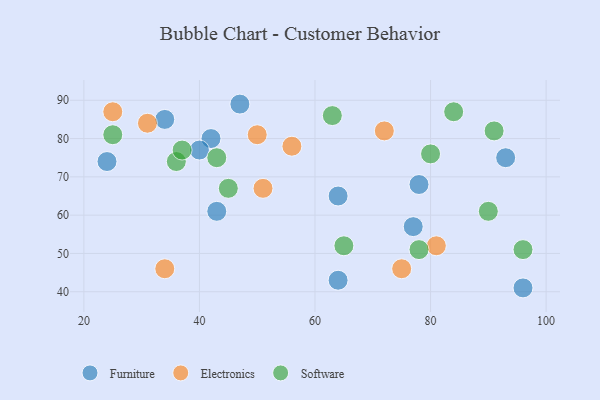
{"axis": {"x": "GDP", "y": "Life Expectancy"}, "legend": ["Electronics", "Furniture", "Software"], "data": [{"x": "64", "y": 65, "type": "Furniture"}, {"x": "78", "y": 68, "type": "Furniture"}, {"x": "42", "y": 80, "type": "Furniture"}, {"x": "47", "y": 89, "type": "Furniture"}, {"x": "24", "y": 74, "type": "Furniture"}, {"x": "43", "y": 61, "type": "Furniture"}, {"x": "93", "y": 75, "type": "Furniture"}, {"x": "96", "y": 41, "type": "Furniture"}, {"x": "40", "y": 77, "type": "Furniture"}, {"x": "77", "y": 57, "type": "Furniture"}, {"x": "64", "y": 43, "type": "Furniture"}, {"x": "34", "y": 85, "type": "Furniture"}, {"x": "75", "y": 46, "type": "Electronics"}, {"x": "25", "y": 87, "type": "Electronics"}, {"x": "31", "y": 84, "type": "Electronics"}, {"x": "72", "y": 82, "type": "Electronics"}, {"x": "34", "y": 46, "type": "Electronics"}, {"x": "50", "y": 81, "type": "Electronics"}, {"x": "56", "y": 78, "type": "Electronics"}, {"x": "81", "y": 52, "type": "Electronics"}, {"x": "51", "y": 67, "type": "Electronics"}, {"x": "91", "y": 82, "type": "Software"}, {"x": "43", "y": 75, "type": "Software"}, {"x": "45", "y": 67, "type": "Software"}, {"x": "65", "y": 52, "type": "Software"}, {"x": "96", "y": 51, "type": "Software"}, {"x": "36", "y": 74, "type": "Software"}, {"x": "90", "y": 61, "type": "Software"}, {"x": "80", "y": 76, "type": "Software"}, {"x": "37", "y": 77, "type": "Software"}, {"x": "78", "y": 51, "type": "Software"}, {"x": "84", "y": 87, "type": "Software"}, {"x": "25", "y": 81, "type": "Software"}, {"x": "63", "y": 86, "type": "Software"}]}